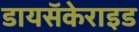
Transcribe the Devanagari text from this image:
डायसॅकेराइड